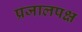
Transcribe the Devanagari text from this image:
प्रजालपक्ष